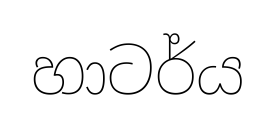
හාටර්ය